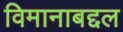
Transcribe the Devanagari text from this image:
विमानाबद्दल